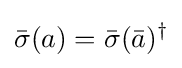
{\bar {\sigma }}(a)={\bar {\sigma }}({\bar {a}})^{\dagger }